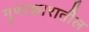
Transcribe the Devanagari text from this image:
गुणाकारातील